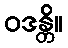
ဝဒန္တိ။